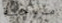
مروحية